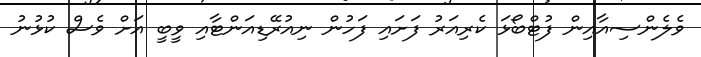
ވެލެންސިއާއިން ފުޓްބޯޅަ ކެރިއަރު ފަށައި ފަހުން ނިއުރޭޑިއަންޓާއި ވީބީ އަށް ވެސް ކުޅުނު